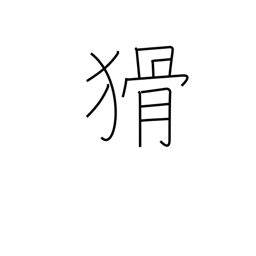
Meaning: crafty